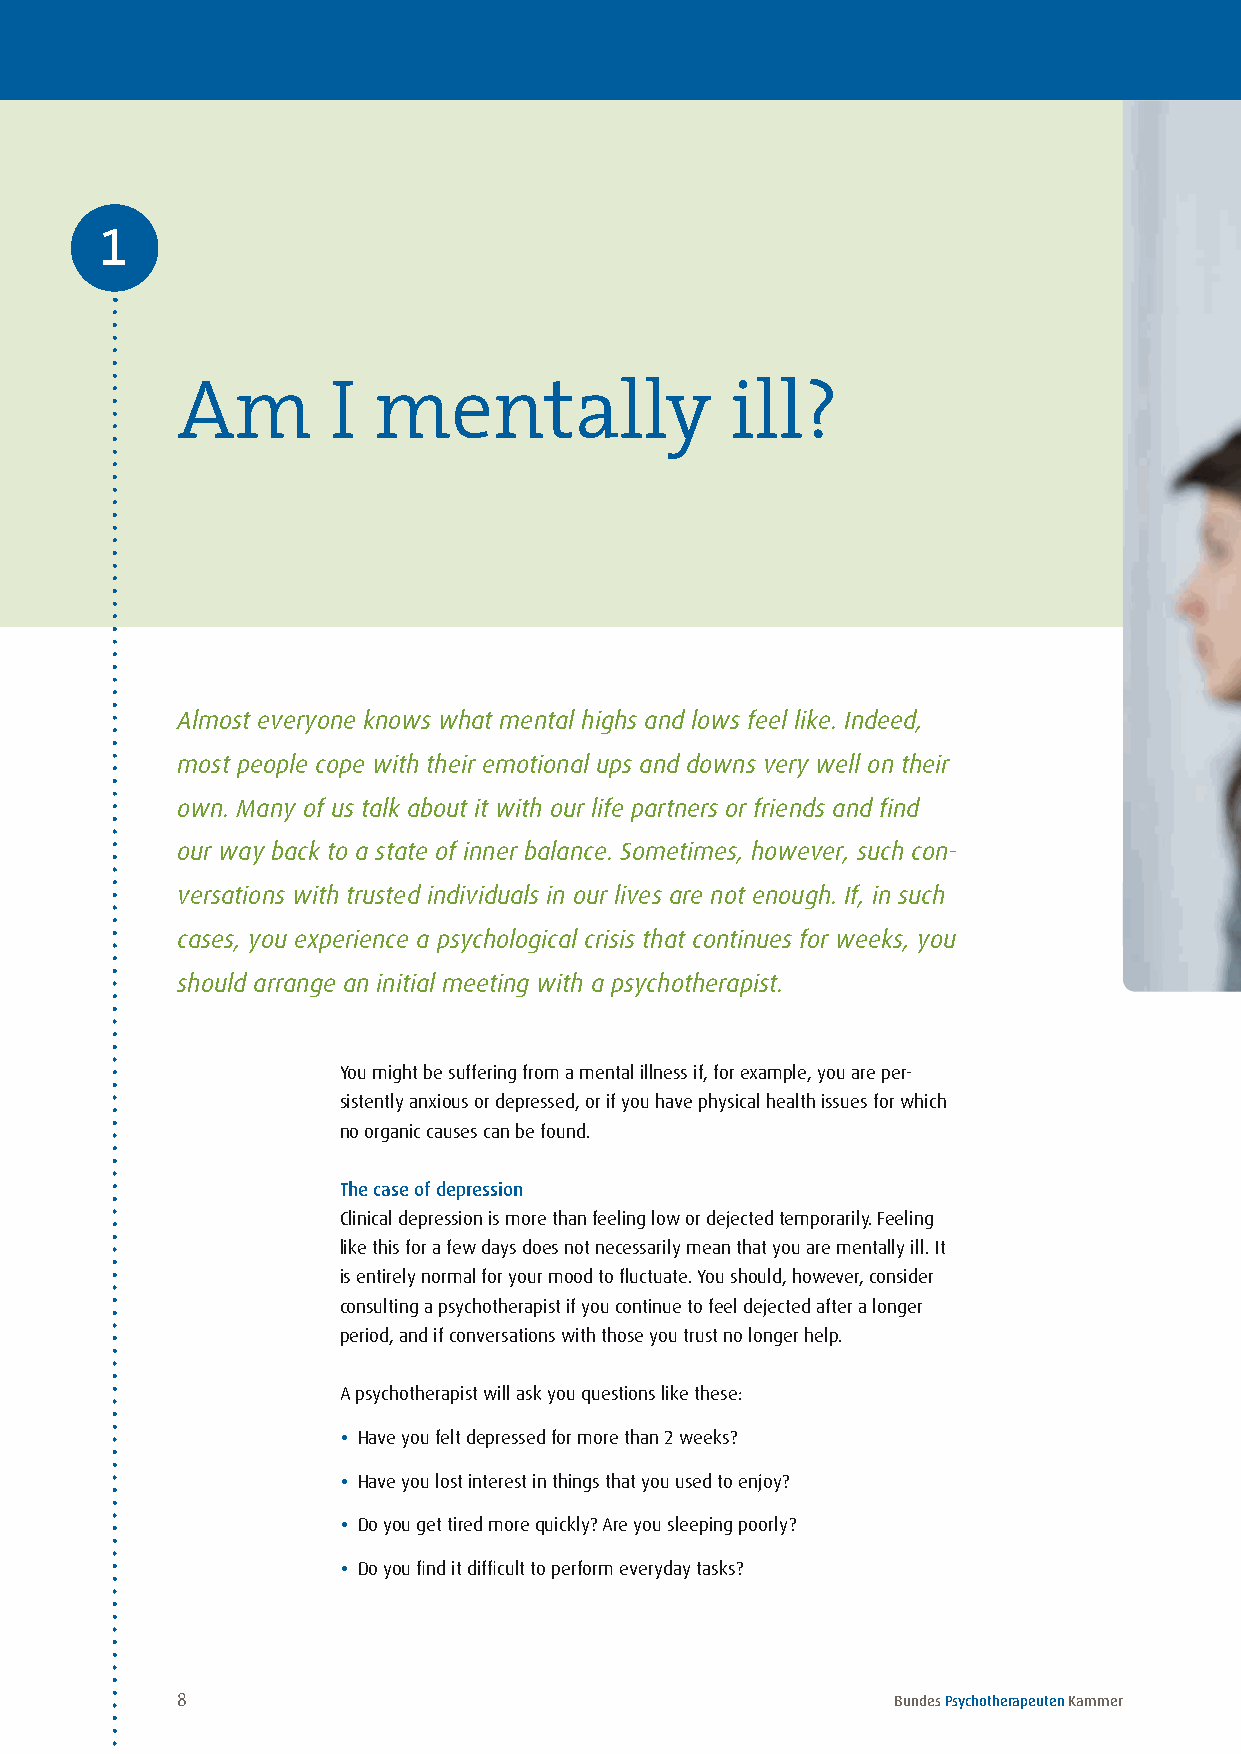
1
 Am        I  mentally               ill?
 Almost everyone knows what mental highs and lows feel like. Indeed,
 most people cope with their emotional ups and downs very well on their
 own. Many of us talk about it with our life partners or friends and find
 our way back to a state of inner balance. Sometimes, however, such con-
 versations with trusted individuals in our lives are not enough. If, in such
 cases, you experience a psychological crisis that continues for weeks, you
 should arrange an initial meeting with a psychotherapist.
 You might be suffering from a mental illness if, for example, you are per-
 sistently anxious or depressed, or if you have physical health issues for which
 no organic causes can be found .
 The case of depression
 Clinical depression is more than feeling low or dejected temporarily . Feeling
 like this for a few days does not necessarily mean that you are mentally ill . It
 is entirely normal for your mood to fluctuate . You should, however, consider
 consulting a psychotherapist if you continue to feel dejected after a longer
 period, and if conversations with those you trust no longer help .
 A psychotherapist will ask you questions like these:
 • Have you felt depressed for more than 2 weeks?
 • Have you lost interest in things that you used to enjoy?
 • Do you get tired more quickly? Are you sleeping poorly?
 • Do you find it difficult to perform everyday tasks?
 8                                              Bundes Psychotherapeuten Kammer